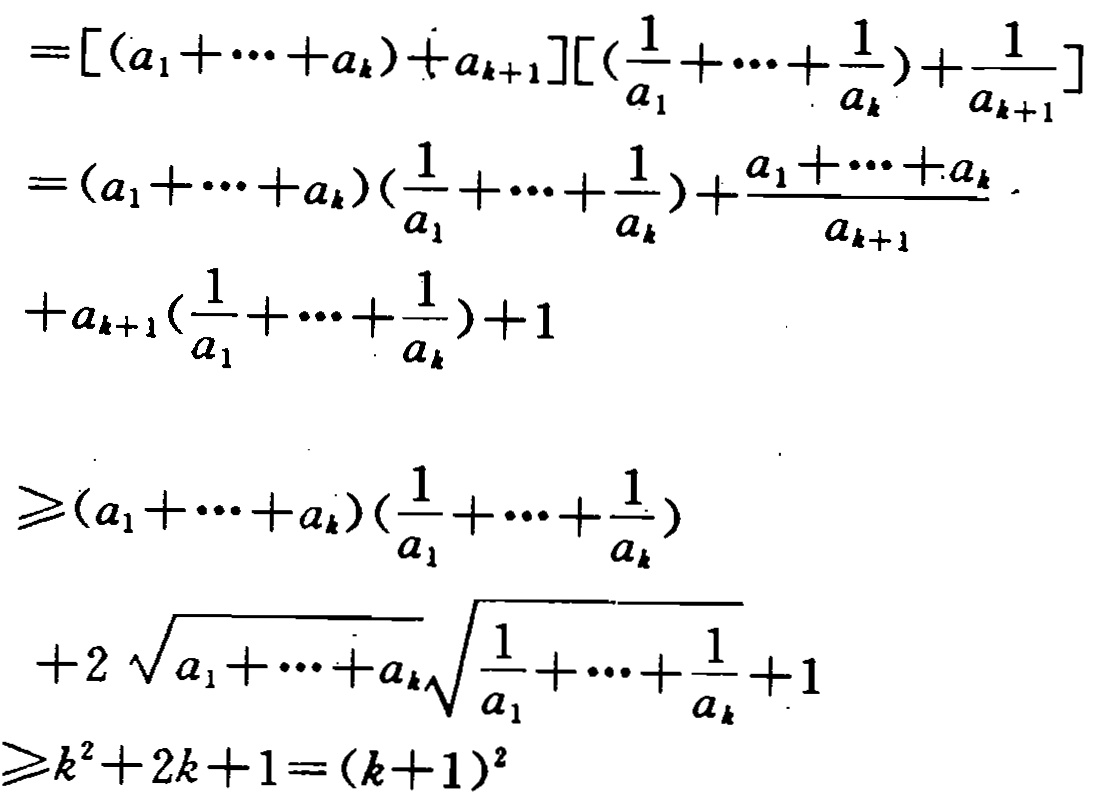
\[

\begin{align*}

&=[(a_1 + \cdots + a_k)+a_{k + 1}]\left[\left(\frac{1}{a_1}+\cdots+\frac{1}{a_k}\right)+\frac{1}{a_{k + 1}}\right]\\

&=(a_1 + \cdots + a_k)\left(\frac{1}{a_1}+\cdots+\frac{1}{a_k}\right)+\frac{a_1+\cdots+a_k}{a_{k + 1}}\\

&+a_{k + 1}\left(\frac{1}{a_1}+\cdots+\frac{1}{a_k}\right)+1\\

&\geq(a_1 + \cdots + a_k)\left(\frac{1}{a_1}+\cdots+\frac{1}{a_k}\right)\\

&+2\sqrt{a_1+\cdots+a_k}\sqrt{\frac{1}{a_1}+\cdots+\frac{1}{a_k}}+1\\

&\geq k^2+2k + 1=(k + 1)^2

\end{align*}

\]